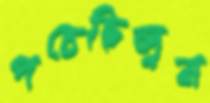
পচেছিলুম